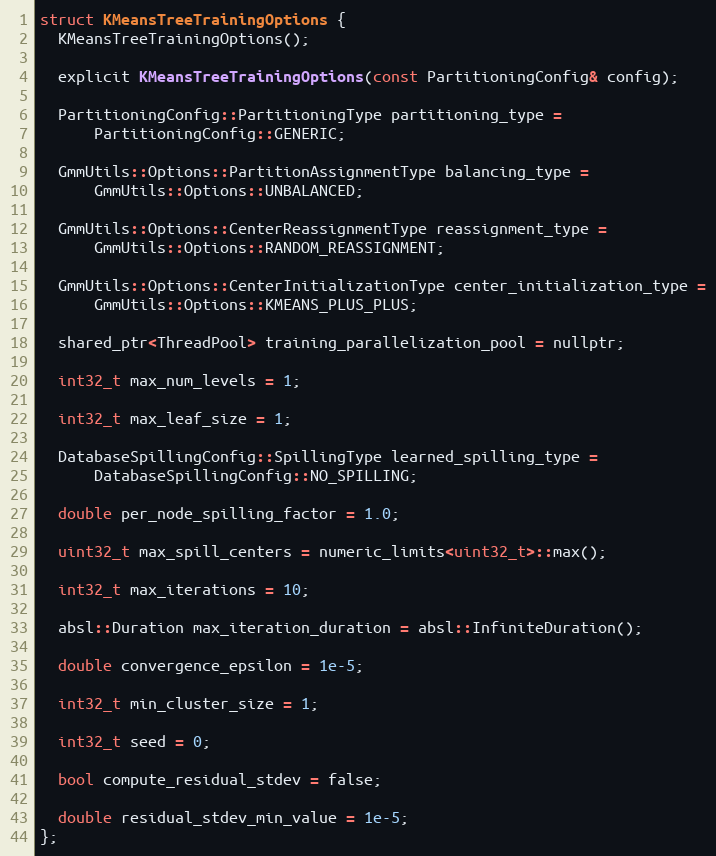
Language: C
struct KMeansTreeTrainingOptions {
  KMeansTreeTrainingOptions();

  explicit KMeansTreeTrainingOptions(const PartitioningConfig& config);

  PartitioningConfig::PartitioningType partitioning_type =
      PartitioningConfig::GENERIC;

  GmmUtils::Options::PartitionAssignmentType balancing_type =
      GmmUtils::Options::UNBALANCED;

  GmmUtils::Options::CenterReassignmentType reassignment_type =
      GmmUtils::Options::RANDOM_REASSIGNMENT;

  GmmUtils::Options::CenterInitializationType center_initialization_type =
      GmmUtils::Options::KMEANS_PLUS_PLUS;

  shared_ptr<ThreadPool> training_parallelization_pool = nullptr;

  int32_t max_num_levels = 1;

  int32_t max_leaf_size = 1;

  DatabaseSpillingConfig::SpillingType learned_spilling_type =
      DatabaseSpillingConfig::NO_SPILLING;

  double per_node_spilling_factor = 1.0;

  uint32_t max_spill_centers = numeric_limits<uint32_t>::max();

  int32_t max_iterations = 10;

  absl::Duration max_iteration_duration = absl::InfiniteDuration();

  double convergence_epsilon = 1e-5;

  int32_t min_cluster_size = 1;

  int32_t seed = 0;

  bool compute_residual_stdev = false;

  double residual_stdev_min_value = 1e-5;
};